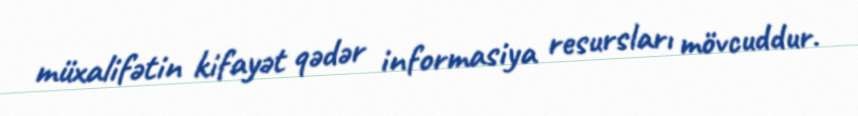
müxalifətin kifayət qədər informasiya resursları mövcuddur.